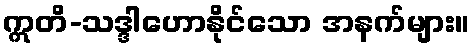
ဣတိ-သဒ္ဒါဟောနိုင်သော အနက်များ။